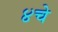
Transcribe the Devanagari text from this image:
४चे